Civil Veterinary Dept. Assam report 1927-50 - 1927-1950
Year: 1927
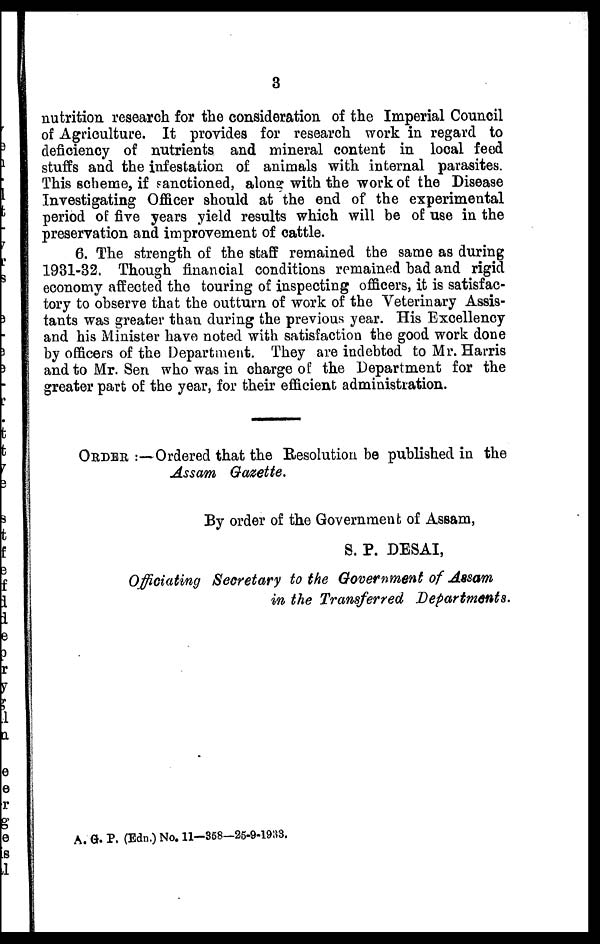
3
nutrition research for the consideration of the Imperial Council
of Agriculture. It provides for research work in regard to
deficiency of nutrients and mineral content in local feed
stuffs and the infestation of animals with internal parasites.
This scheme, if sanctioned, along with the work of the Disease
Investigating Officer should at the end of the experimental
period of five years yield results which will be of use in the
preservation and improvement of cattle.
6. The strength of the staff remained the same as during
1931-32. Though financial conditions remained had and rigid
economy affected the touring of inspecting officers, it is satisfac-
tory to observe that the outturn of work of the Veterinary Assis-
tants was greater than during the previous year. His Excellency
and his Minister have noted with satisfaction the good work done
by officers of the Department. They are indebted to Mr. Harris
and to Mr. Sen who was in charge of the Department for the
greater part of the year, for their efficient administration.
ORDER :—Ordered that the Resolution be published in the
Assam Gazette,
By order of the Government of Assam,
S. P. DESAI,
Officiating Secretary to the Government of Assam
in the Transferred Departments.
A. G. P. (Edn.) No. 11-868-26-0-1983.